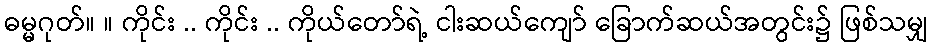
ဓမ္မဂုတ်။ ။ ကိုင်း .. ကိုင်း .. ကိုယ်တော်ရဲ့ ငါးဆယ်ကျော် ခြောက်ဆယ်အတွင်း၌ ဖြစ်သမျှ